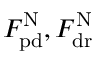
F _ { \mathrm { p d } } ^ { \mathrm { N } } , F _ { \mathrm { d r } } ^ { \mathrm { N } }